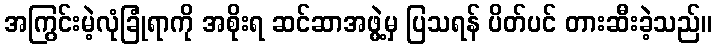
အကြွင်းမဲ့လုံခြုံရာကို အစိုးရ ဆင်ဆာအဖွဲ့မှ ပြသရန် ပိတ်ပင် တားဆီးခဲ့သည်။